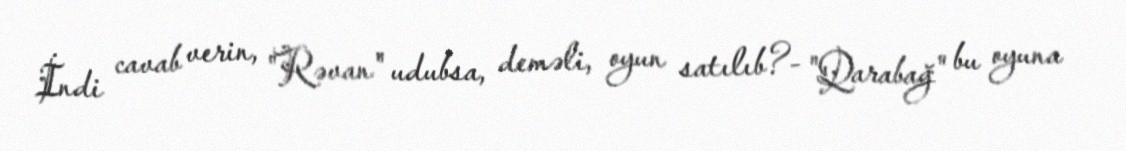
İndi cavab verin, "Rəvan" udubsa, deməli, oyun satılıb?- "Qarabağ" bu oyuna